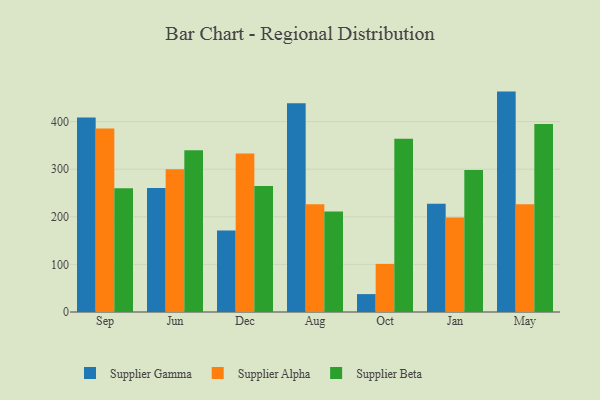
{"axis": {"x": "Month", "y": "Customer Acquisition Cost (USD)"}, "legend": ["Supplier Alpha", "Supplier Beta", "Supplier Gamma"], "data": [{"x": "Sep", "y": 408.6, "type": "Supplier Gamma"}, {"x": "Sep", "y": 385.2, "type": "Supplier Alpha"}, {"x": "Sep", "y": 260.0, "type": "Supplier Beta"}, {"x": "Jun", "y": 260.2, "type": "Supplier Gamma"}, {"x": "Jun", "y": 300.0, "type": "Supplier Alpha"}, {"x": "Jun", "y": 339.9, "type": "Supplier Beta"}, {"x": "Dec", "y": 171.0, "type": "Supplier Gamma"}, {"x": "Dec", "y": 333.1, "type": "Supplier Alpha"}, {"x": "Dec", "y": 264.7, "type": "Supplier Beta"}, {"x": "Aug", "y": 438.6, "type": "Supplier Gamma"}, {"x": "Aug", "y": 226.3, "type": "Supplier Alpha"}, {"x": "Aug", "y": 211.3, "type": "Supplier Beta"}, {"x": "Oct", "y": 37.6, "type": "Supplier Gamma"}, {"x": "Oct", "y": 101.0, "type": "Supplier Alpha"}, {"x": "Oct", "y": 364.1, "type": "Supplier Beta"}, {"x": "Jan", "y": 227.4, "type": "Supplier Gamma"}, {"x": "Jan", "y": 198.5, "type": "Supplier Alpha"}, {"x": "Jan", "y": 298.5, "type": "Supplier Beta"}, {"x": "May", "y": 462.9, "type": "Supplier Gamma"}, {"x": "May", "y": 226.3, "type": "Supplier Alpha"}, {"x": "May", "y": 395.0, "type": "Supplier Beta"}]}